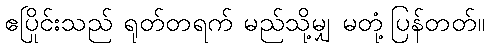
ဧပြိုင်းသည် ရုတ်တရက် မည်သို့မျှ မတုံ့ပြန်တတ်။